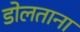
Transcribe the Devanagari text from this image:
डोलताना